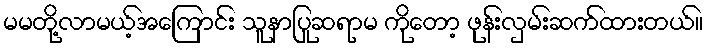
မမတို့လာမယ့်အကြောင်း သူနာပြုဆရာမ ကိုတော့ ဖုန်းလှမ်းဆက်ထားတယ်။